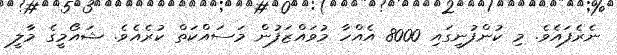
ނެރެފައެވެ. މި ކުންފުނީގައި 8000 އެއްހާ މުވައްޒަފުން މަސައްކަތް ކުރެއެވެ. ޝައޯމީގެ މާލީ